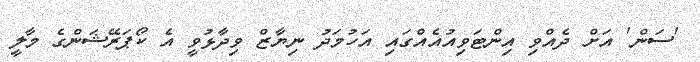
'ސަން' އަށް ދެއްވި އިންޓަވިއުއެއްގައި އަހުމަދު ނިޔާޒް ވިދާޅުވީ އެ ކޯޕަރޭޝަންގެ މާލީ